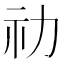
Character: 𥘋